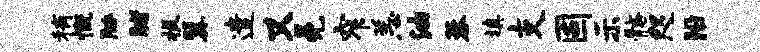
稍慨胁睹扳翼遣又冕窄恙油蓉填支固示髂咫沿